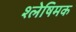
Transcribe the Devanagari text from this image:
श्लेषिमक